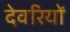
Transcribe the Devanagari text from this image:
देवरियों